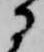
に